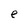
Character: e